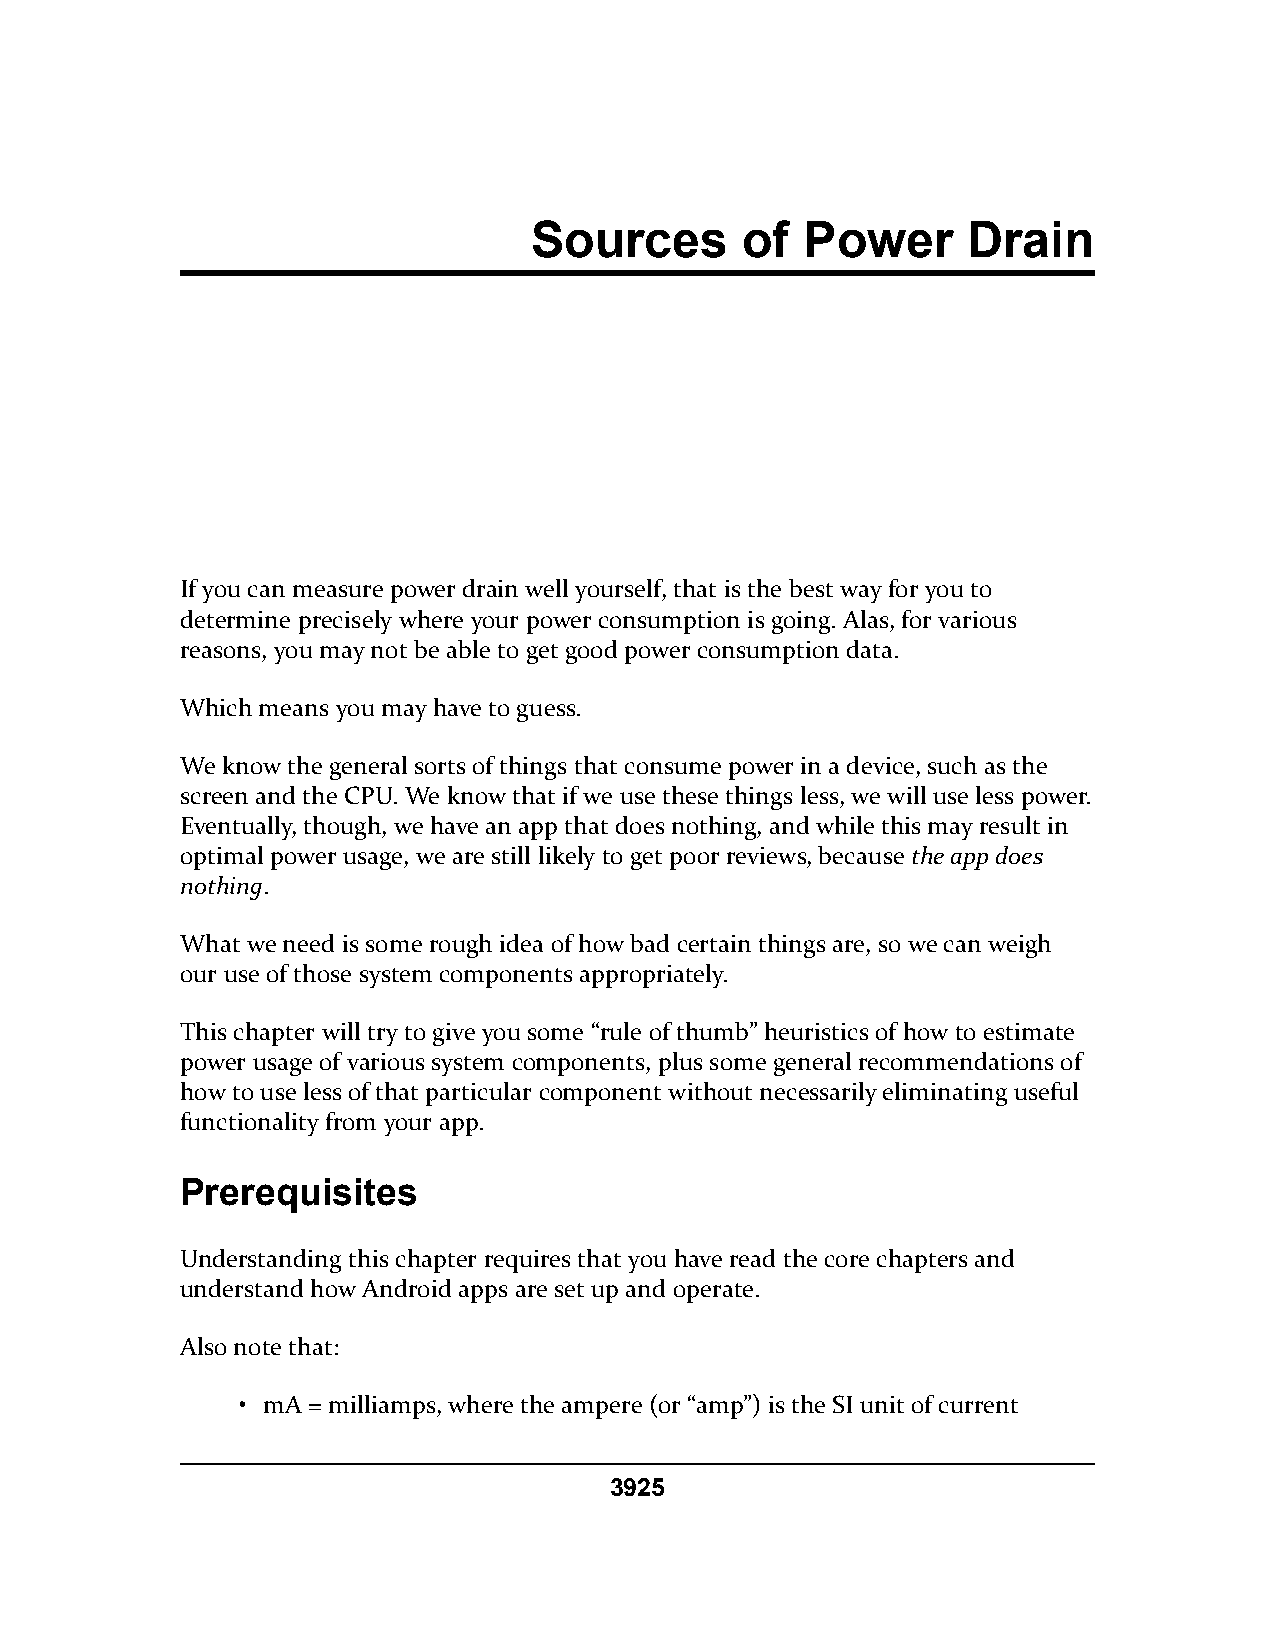
Sources       of  Power      Drain
 If you can measure power drain well yourself, that is the best way for you to
 determine precisely where your power consumption is going. Alas, for various
 reasons, you may not be able to get good power consumption data.
 Which means you may have to guess.
 We know the general sorts of things that consume power in a device, such as the
 screen and the CPU. We know that if we use these things less, we will use less power.
 Eventually, though, we have an app that does nothing, and while this may result in
 optimal power usage, we are still likely to get poor reviews, because the app does
 nothing.
 What we need is some rough idea of how bad certain things are, so we can weigh
 our use of those system components appropriately.
 This chapter will try to give you some “rule of thumb” heuristics of how to estimate
 power usage of various system components, plus some general recommendations of
 how to use less of that particular component without necessarily eliminating useful
 functionality from your app.
 Prerequisites
 Understanding this chapter requires that you have read the core chapters and
 understand how Android apps are set up and operate.
 Also note that:
 • mA = milliamps, where the ampere (or “amp”) is the SI unit of current
 3925